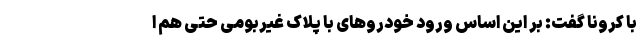
با کرونا گفت: بر این اساس ورود خودرو‌های با پلاک غیربومی حتی هم ا